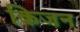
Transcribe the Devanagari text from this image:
किजन